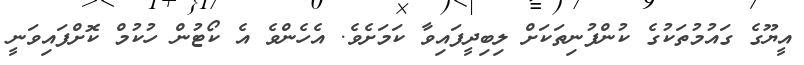
އީޔޫގެ ގައުމުތަކުގެ ކުންފުނިތަކަށް ލިބިދީފައިވާ ކަމަށެވެ. އެހެންވެ އެ ކޯޓުން ހުކުމް ކޮށްފައިވަނީ